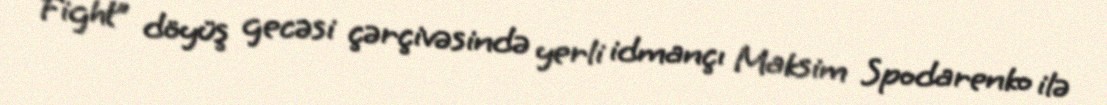
Fight” döyüş gecəsi çərçivəsində yerli idmançı Maksim Spodarenko ilə